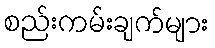
စည်းကမ်းချက်များ